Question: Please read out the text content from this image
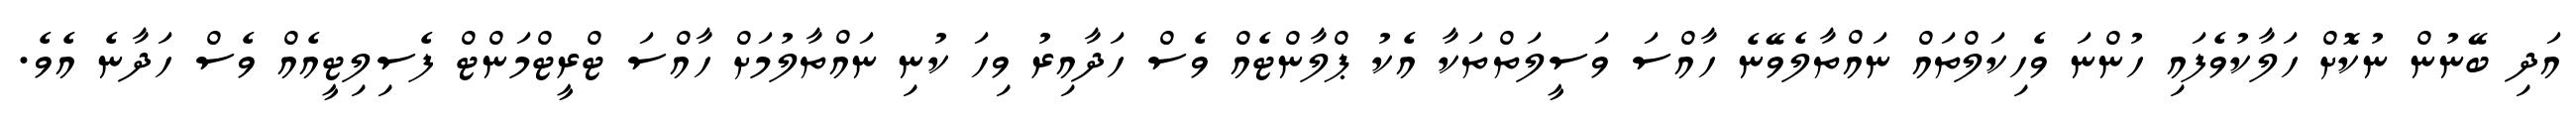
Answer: އަދި ބޭނުން ނުކޮށް ހަލާކުވެފައި ހުންނަ ވެހިކަލްތައް ނައްތާލެވޭނެ ހާއްސަ ވަސީލަތްތަކާ އެކު ޕްލާންޓެއް ވެސް ހަދާއިރު ވިހަ ކުނި ނައްތާލުމަށް ހާއްސަ ޓްރީޓްމަންޓް ފެސިލިޓީއެއް ވެސް ހަދާނެ އެވެ.